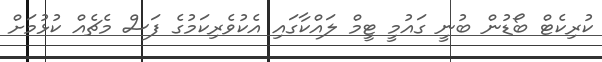
ކުރިކެޓް ބޯޑުން ބުނީ ގައުމީ ޓީމް ލައްކާގައި އެކުވެރިކަމުގެ ފަސް މެޗެއް ކުޅުމަށް